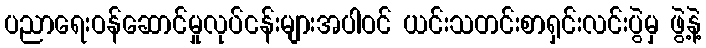
ပညာရေးဝန်ဆောင်မှုလုပ်ငန်းများအပါဝင် ယင်းသတင်းစာရှင်းလင်းပွဲမှ ဖွဲ့နဲ့